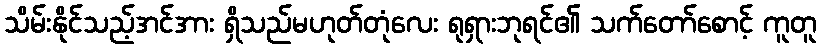
သိမ်းနိုင်သည့်အင်အား ရှိသည်မဟုတ်တုံလေး ရုရှားဘုရင်၏ သက်တော်စောင့် ကူတူ